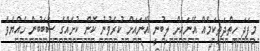
މިފަދަ ހިތްދަތިކަމެއް އޭނައަށް ލިބުނީ އޭނައަށް ކުރެވުނު ކޮން ކުށެއްގެ ސަބަބުން ހެއްޔެވެ